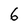
Character: 6